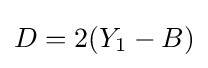
D=2(Y_{1}-B)